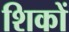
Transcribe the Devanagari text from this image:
शिकों